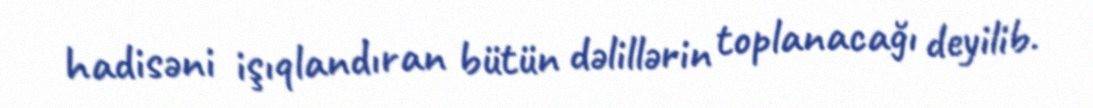
hadisəni işıqlandıran bütün dəlillərin toplanacağı deyilib.